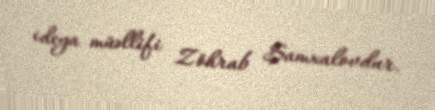
ideya müəllifi Zöhrab Şamxalovdur.